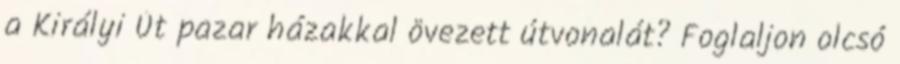
a Királyi Út pazar házakkal övezett útvonalát? Foglaljon olcsó